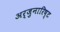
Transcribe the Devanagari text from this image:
अर्जुनारिष्ट